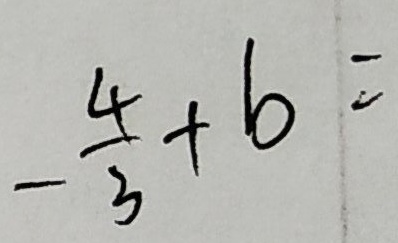
- \frac { 4 } { 3 } + b =